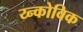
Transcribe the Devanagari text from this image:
य्न्कोविक